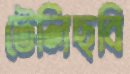
টেলিছবি